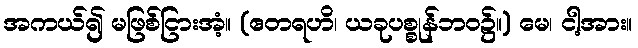
အကယ်၍ မဖြစ်ငြားအံ့။ (ဧတရဟိ၊ ယခုပစ္စုန်ဘဝ၌။) မေ၊ ငါ့အား။